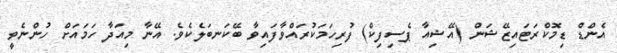
އެންޑް ޑިމޮކްރަޓައިޒޭޝަން (އޭޝިއާ ޕެސިފިކް) ފުރިހަމަކުރައްވާފައިވާ ބޭކަނބަލެކެވެ. އޭނާ މިއަދާ ހަމައަށް ހުންނެވީ